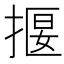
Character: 揠